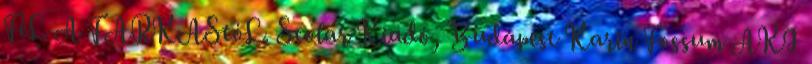
FéL A FARKAStóL. Scolar Kiadó, Budapest Karin Fossum AKI